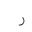
Letter: _ra